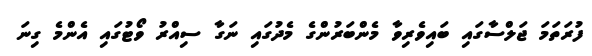
ފުރަތަމަ ޖަލްސާގައި ބައިވެރިވާ މެންބަރުންގެ މެދުގައި ނަގާ ސިއްރު ވޯޓުގައި އެންމެ ގިނަ